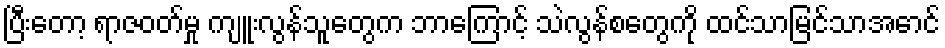
ပြီးတော့ ရာဇဝတ်မှု ကျူးလွန်သူတွေက ဘာကြောင့် သဲလွန်စတွေကို ထင်သာမြင်သာအောင်